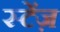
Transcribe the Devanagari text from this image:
स्टेंज़